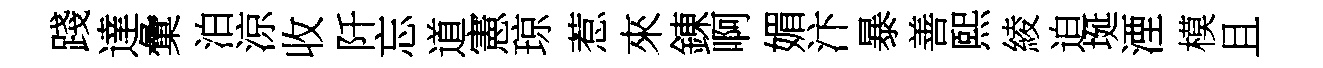
踐達彙泊涼收阡忘道憲琼惹來錬啊媚汴暴善熙綾迫埏湮模且